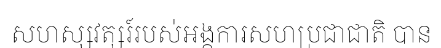
សហស្សវត្សរ៍របស់អង្គការសហប្រជាជាតិ បាន